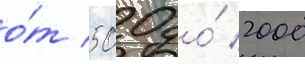
о́т 500 до́ 2000